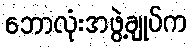
ဘောလုံးအဖွဲ့ချုပ်က